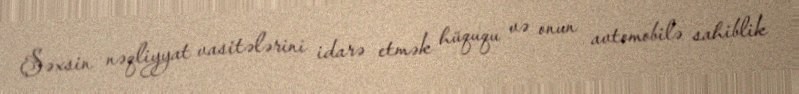
Şəxsin nəqliyyat vasitələrini idarə etmək hüququ və onun avtomobilə sahiblik